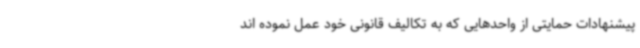
پیشنهادات حمایتی از واحدهایی که به تکالیف قانونی خود عمل نموده اند